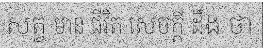
សត្វ មាន ជីវិត សេចក្តី ដឹង ថា